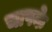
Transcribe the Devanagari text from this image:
चापके